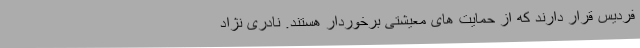
فردیس قرار دارند که از حمایت های معیشتی برخوردار هستند. نادری نژاد